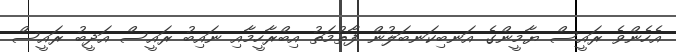
އެހެންވެ ރައީސް ޔާމީންގެ އަނބިކަނބަލުން ފާތުމަތު އިބްރާހީމާއި ނައިބު ރައީސް އަދީބު ރައީސް